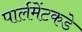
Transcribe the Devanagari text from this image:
पार्लमेंटकडे